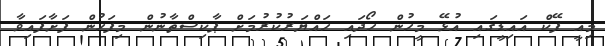
މިއީ ފޭކް އައިޑީގައި އުޅޭ މީހުން ހޯދައި ހައްޔަރުކުރުމަށް ޕާކިސްތާނުން މިފަހުން ފަށާފައިވާ